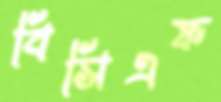
বিসিএফ